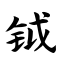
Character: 钺